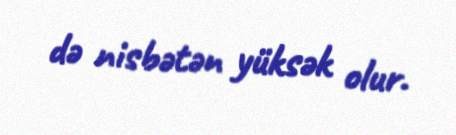
də nisbətən yüksək olur.